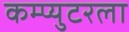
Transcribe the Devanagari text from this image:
कम्प्युटरला